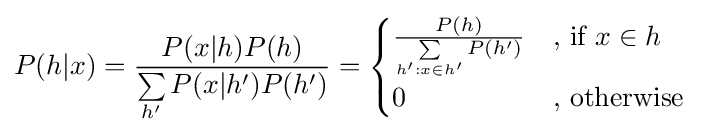
P(h|x)={\frac {P(x|h)P(h)}{\sum \limits _{h'}P(x|h')P(h')}}={\begin{cases}{\frac {P(h)}{\sum \limits _{h':x\in h'}P(h')}}&{\text{, if }}x\in h\\0&{\text{, otherwise}}\end{cases}}